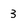
Character: 3